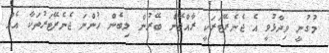
މުގުނީ ވިދާޅުވީ އެ ޖެނެރޭޓަރަކީ ރާއްޖޭން ބޭރުން ލިބެން ހުންނަ ޖެނެރޭޓަރުތަކާ އެއް